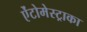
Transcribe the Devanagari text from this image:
ऐंटोमेस्ट्राका